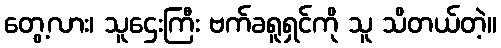
တွေ့လား၊ သူဌေးကြီး ဗက်ခရူရှင်ကို သူ သိတယ်တဲ့။